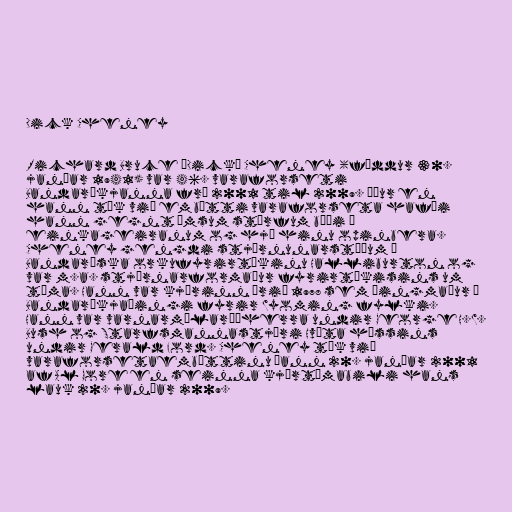
Dick Cheney

Richard Bruce „Dick“ Cheney (fæddur 30.
janúar 1941) var 46. varaforseti
Bandaríkjanna frá 2001 til 2009. Áður en
hann tók við embætti varaforseta hafði
hann gegnt ýmsum störfum bæði í
einkageiranum og hjá hinu opinbera.
Cheney gengdi stjórnunarstöðum í
Bandaríska orkufyrirtækinu Halliburton og
var m.a. stjórnarformaður fyrirtækisins um
tíma. Hann var kjörinn árið 1978 sem þingmaður á
Bandaríkjaþingi fyrir Wyoming fylki.
Hann var varnarmálaráðherra undir George H.W.
Bush og Starfsmannastjóri Hvíta hússins
undir Gerald Ford. Cheney tók við
varaforsetaembættinu þann 20. janúar 2001
af Al Gore en seinna kjörtímabili hans
lauk 20. janúar 2009.